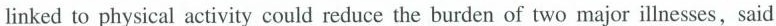
linked to physical activity could reduce the burden of two major illnesses, said